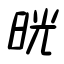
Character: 晄